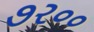
૭ર૦૦